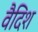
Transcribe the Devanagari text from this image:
वैदिश